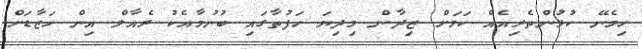
ހިމެނޭ ކުޅުންތެރިއެއް ކަމަށް ޒިދާން މިދިޔަ ހަފުތާގައި ބުނުމާއެކު ރެއާލް އިން ހަޒާޑަށް